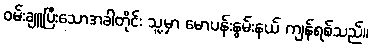
ဝမ်းချူပြီးသောအခါတိုင်း သူ့မှာ မောပန်းနွမ်းနယ် ကျန်ရစ်သည်။